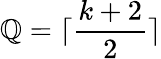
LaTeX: \mathbb{Q}=\lceil\frac{{k+2}}{{2}}\rceil